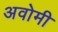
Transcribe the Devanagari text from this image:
अवोमी